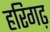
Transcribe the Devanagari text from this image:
हरिगढ़